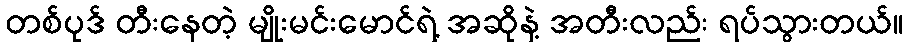
တစ်ပုဒ် တီးနေတဲ့ မျိုးမင်းမောင်ရဲ့ အဆိုနဲ့ အတီးလည်း ရပ်သွားတယ်။